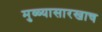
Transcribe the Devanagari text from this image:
मुळ्यासारखाच